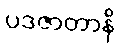
ပဒဇာတာနိ